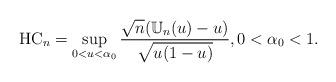
LaTeX: \begin{align*}\mbox{HC}_n=\sup_{0<u<\alpha_0} \frac{\sqrt{n} (\mathbb{U}_{n}(u)-u)}{\sqrt{u(1-u)}}, 0<\alpha_0<1.\end{align*}